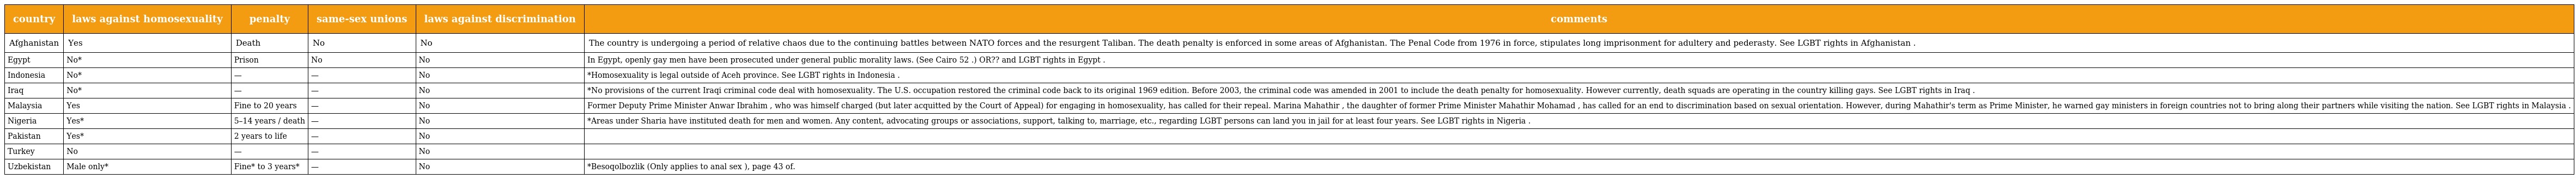
| country | laws against homosexuality | penalty | same-sex unions | laws against discrimination | comments |
 | --- | --- | --- | --- | --- | --- |
 | Afghanistan | Yes | Death | No | No | The country is undergoing a period of relative chaos due to the continuing battles between NATO forces and the resurgent Taliban. The death penalty is enforced in some areas of Afghanistan. The Penal Code from 1976 in force, stipulates long imprisonment for adultery and pederasty. See LGBT rights in Afghanistan . |
 | Egypt | No* | Prison | No | No | In Egypt, openly gay men have been prosecuted under general public morality laws. (See Cairo 52 .) OR?? and LGBT rights in Egypt . |
 | Indonesia | No* | — | — | No | *Homosexuality is legal outside of Aceh province. See LGBT rights in Indonesia . |
 | Iraq | No* | — | — | No | *No provisions of the current Iraqi criminal code deal with homosexuality. The U.S. occupation restored the criminal code back to its original 1969 edition. Before 2003, the criminal code was amended in 2001 to include the death penalty for homosexuality. However currently, death squads are operating in the country killing gays. See LGBT rights in Iraq . |
 | Malaysia | Yes | Fine to 20 years | — | No | Former Deputy Prime Minister Anwar Ibrahim , who was himself charged (but later acquitted by the Court of Appeal) for engaging in homosexuality, has called for their repeal. Marina Mahathir , the daughter of former Prime Minister Mahathir Mohamad , has called for an end to discrimination based on sexual orientation. However, during Mahathir's term as Prime Minister, he warned gay ministers in foreign countries not to bring along their partners while visiting the nation. See LGBT rights in Malaysia . |
 | Nigeria | Yes* | 5–14 years / death | — | No | *Areas under Sharia have instituted death for men and women. Any content, advocating groups or associations, support, talking to, marriage, etc., regarding LGBT persons can land you in jail for at least four years. See LGBT rights in Nigeria . |
 | Pakistan | Yes* | 2 years to life | — | No |  |
 | Turkey | No | — | — | No |  |
 | Uzbekistan | Male only* | Fine* to 3 years* | — | No | *Besoqolbozlik (Only applies to anal sex ), page 43 of. |